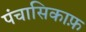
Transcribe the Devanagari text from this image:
पंचासिकाफ़